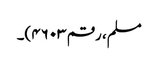
مسلم، رقم ۴۶۰۳)۔